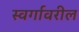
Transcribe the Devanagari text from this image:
स्वर्गावरील